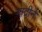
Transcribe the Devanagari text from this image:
मादीने